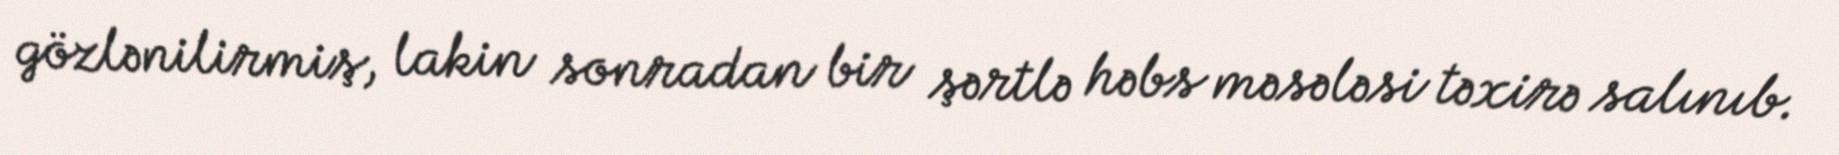
gözlənilirmiş, lakin sonradan bir şərtlə həbs məsələsi təxirə salınıb.